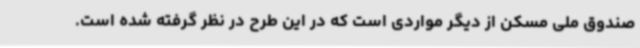
صندوق ملی مسکن از دیگر مواردی است که در این طرح در نظر گرفته شده است.